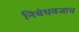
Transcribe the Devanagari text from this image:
निबंधवजाच